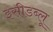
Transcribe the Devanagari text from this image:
इसीडब्लू